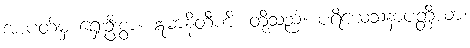
အာပတ်မှ ရှေးဦးစွာ။ ဣမာနိတီဏိ၊ တို့သည်။ ပရိယေသနာပတ္တိယာ၊